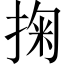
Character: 掬